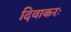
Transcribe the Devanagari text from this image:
दिवाकरः